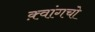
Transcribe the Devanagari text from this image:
क़्वांगचो